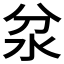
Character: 𱥷